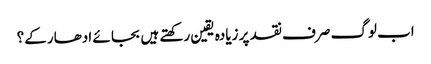
اب لوگ صرف نقد پر زیادہ یقین رکھتے ہیں بجا ئے ادھار کے؟